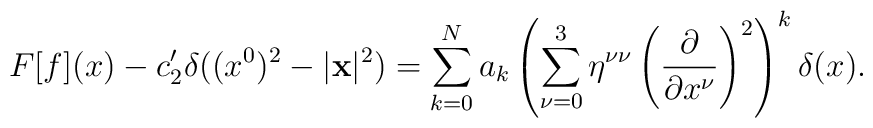
F[f](x) - c_{2}^{\prime } \delta ((x^{0})^{2} - |{\bf x}|^{2}) =\sum_{k = 0}^{N} a_{k} \left( \sum_{\nu = 0}^{3} \eta^{\nu \nu }\left( \frac{\partial }{\partial x^{\nu }}\right)^{2} \right)^{k}\delta (x).